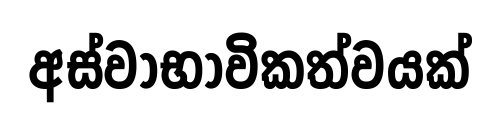
අස්වාභාවිකත්වයක්